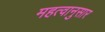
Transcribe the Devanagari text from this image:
महत्वानुसार